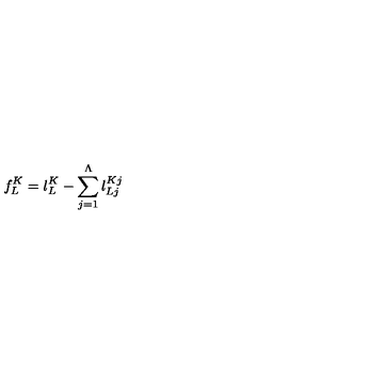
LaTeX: f _ { L } ^ { K } = l _ { L } ^ { K } - \sum _ { j = 1 } ^ { \Lambda } l _ { L j } ^ { K j }